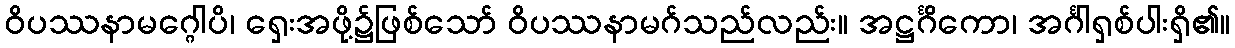
ဝိပဿနာမဂ္ဂေါပိ၊ ရှေးအဖို့၌ဖြစ်သော် ဝိပဿနာမဂ်သည်လည်း။ အဋ္ဌင်္ဂိကော၊ အင်္ဂါရှစ်ပါးရှိ၏။